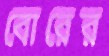
বোরের